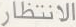
الانتظار